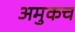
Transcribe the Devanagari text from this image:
अमुकच